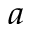
^ { \, a }